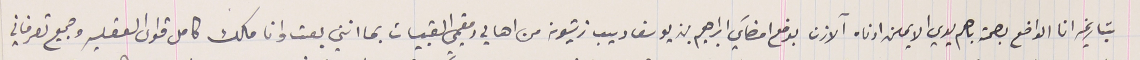
بتاريخِه انا الواضع بصمة باهم يدي الايمن ادناه الآذن بوضع امضآي ابراهيم بن يوسف ديب زيتونه من اهالي ومقيمي القبيات بما انني بعت وانا مالك كامل قواى العقليه وجميع تصرفاتي